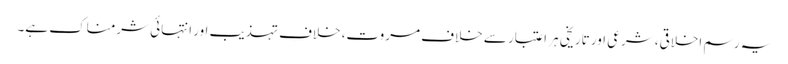
یہ رسم اخلاقی، شرعی اور تاریخی ہر اعتبار سے خلافِ مروت، خلافِ تہذیب اور انتہائی شرمناک ہے۔